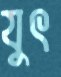
যুৎ